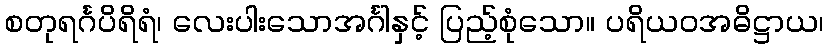
စတုရင်္ဂပိရိရံ၊ လေးပါးသောအင်္ဂါနှင့် ပြည့်စုံသော။ ပရိယဝအဓိဋ္ဌာယ၊